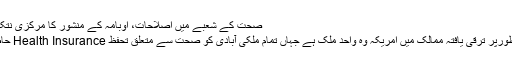
صحت کے شعبے میں اصلاحات، اوبامہ کے منشور کا مرکزی نتکہ رہا ہے
صنعتی طورپر ترقی یافتہ ممالک میں امریکہ وہ واحد ملک ہے جہاں تمام ملکی آبادی کو صحت سے متعلق تحفظ Health Insurance حاصل نہیں۔